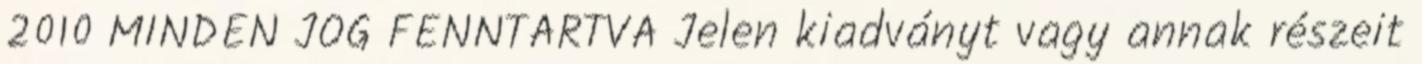
2010 MINDEN JOG FENNTARTVA Jelen kiadványt vagy annak részeit